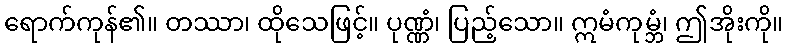
ရောက်ကုန်၏။ တဿာ၊ ထိုသေဖြင့်။ ပုဏ္ဏံ၊ ပြည့်သော။ ဣမံကုမ္ဘံ၊ ဤအိုးကို။